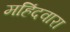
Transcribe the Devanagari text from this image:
महिंदवारा